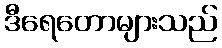
ဒီရေတောများသည်